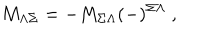
LaTeX: M _ { \Lambda \Sigma } = - M _ { \Sigma \Lambda } ( - ) ^ { \Sigma \Lambda } \ ,